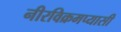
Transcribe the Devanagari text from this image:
नीरविक्रमप्यासी